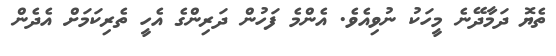
ތެޔޮ ދަމާދޭނެ މީހަކު ނުވިއެވެ. އެންމެ ފަހުން ދަރިންގެ އެހީ ތެރިކަމަށް އެދެން